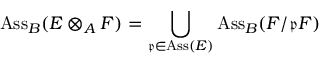
\operatorname { A s s } _ { B } ( E \otimes _ { A } F ) = \bigcup _ { { \mathfrak { p } } \in \operatorname { A s s } ( E ) } \operatorname { A s s } _ { B } ( F / { \mathfrak { p } } F )